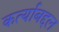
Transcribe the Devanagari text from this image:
कर्त्याबद्दल